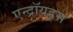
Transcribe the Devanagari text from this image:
एन्द्रॉयड्स